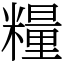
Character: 糧